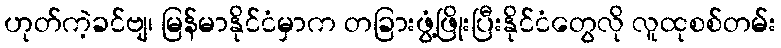
ဟုတ်ကဲ့ခင်ဗျ၊ မြန်မာနိုင်ငံမှာက တခြားဖွံ့ဖြိုးပြီးနိုင်ငံတွေလို လူထုစစ်တမ်း